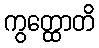
ကွတ္ထောတိ